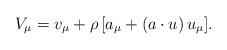
LaTeX: \begin{align*}V_\mu=v_\mu+\rho\,[a_\mu+(a\cdot u)\,u_\mu].\end{align*}